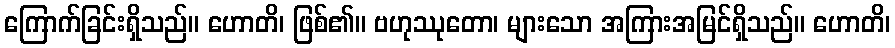
ကြောက်ခြင်းရှိသည်။ ဟောတိ၊ ဖြစ်၏။ ဗဟုဿုတော၊ များသော အကြားအမြင်ရှိသည်။ ဟောတိ၊